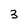
Character: 3